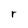
Character: r